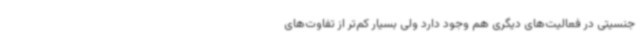
جنسیتی در فعالیت‌های دیگری هم وجود دارد ولی بسیار کم‌تر از تفاوت‌های